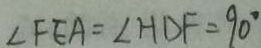
\angle F E A = \angle H D F = 9 0 ^ { \circ }